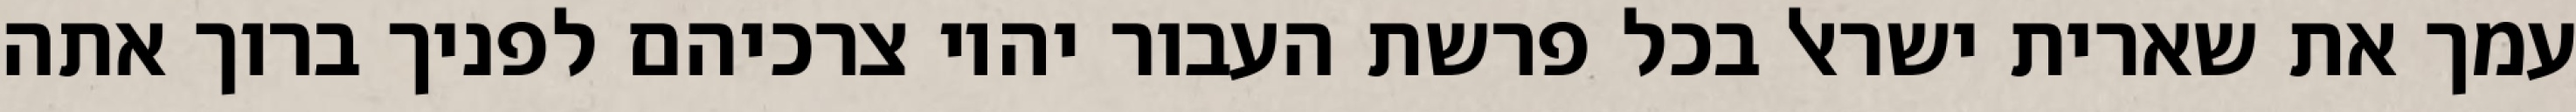
עמך את שארית ישראל בכל פרשת העבור יהיו צרכיהם לפניך ברוך אתה